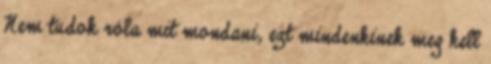
Nem tudok róla mit mondani, ezt mindenkinek meg kell